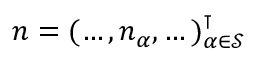
\boldsymbol n = ( \dots , n _ { \alpha } , \dots ) _ { \alpha \in \mathcal S } ^ { \intercal }